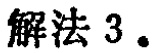
解法 3.